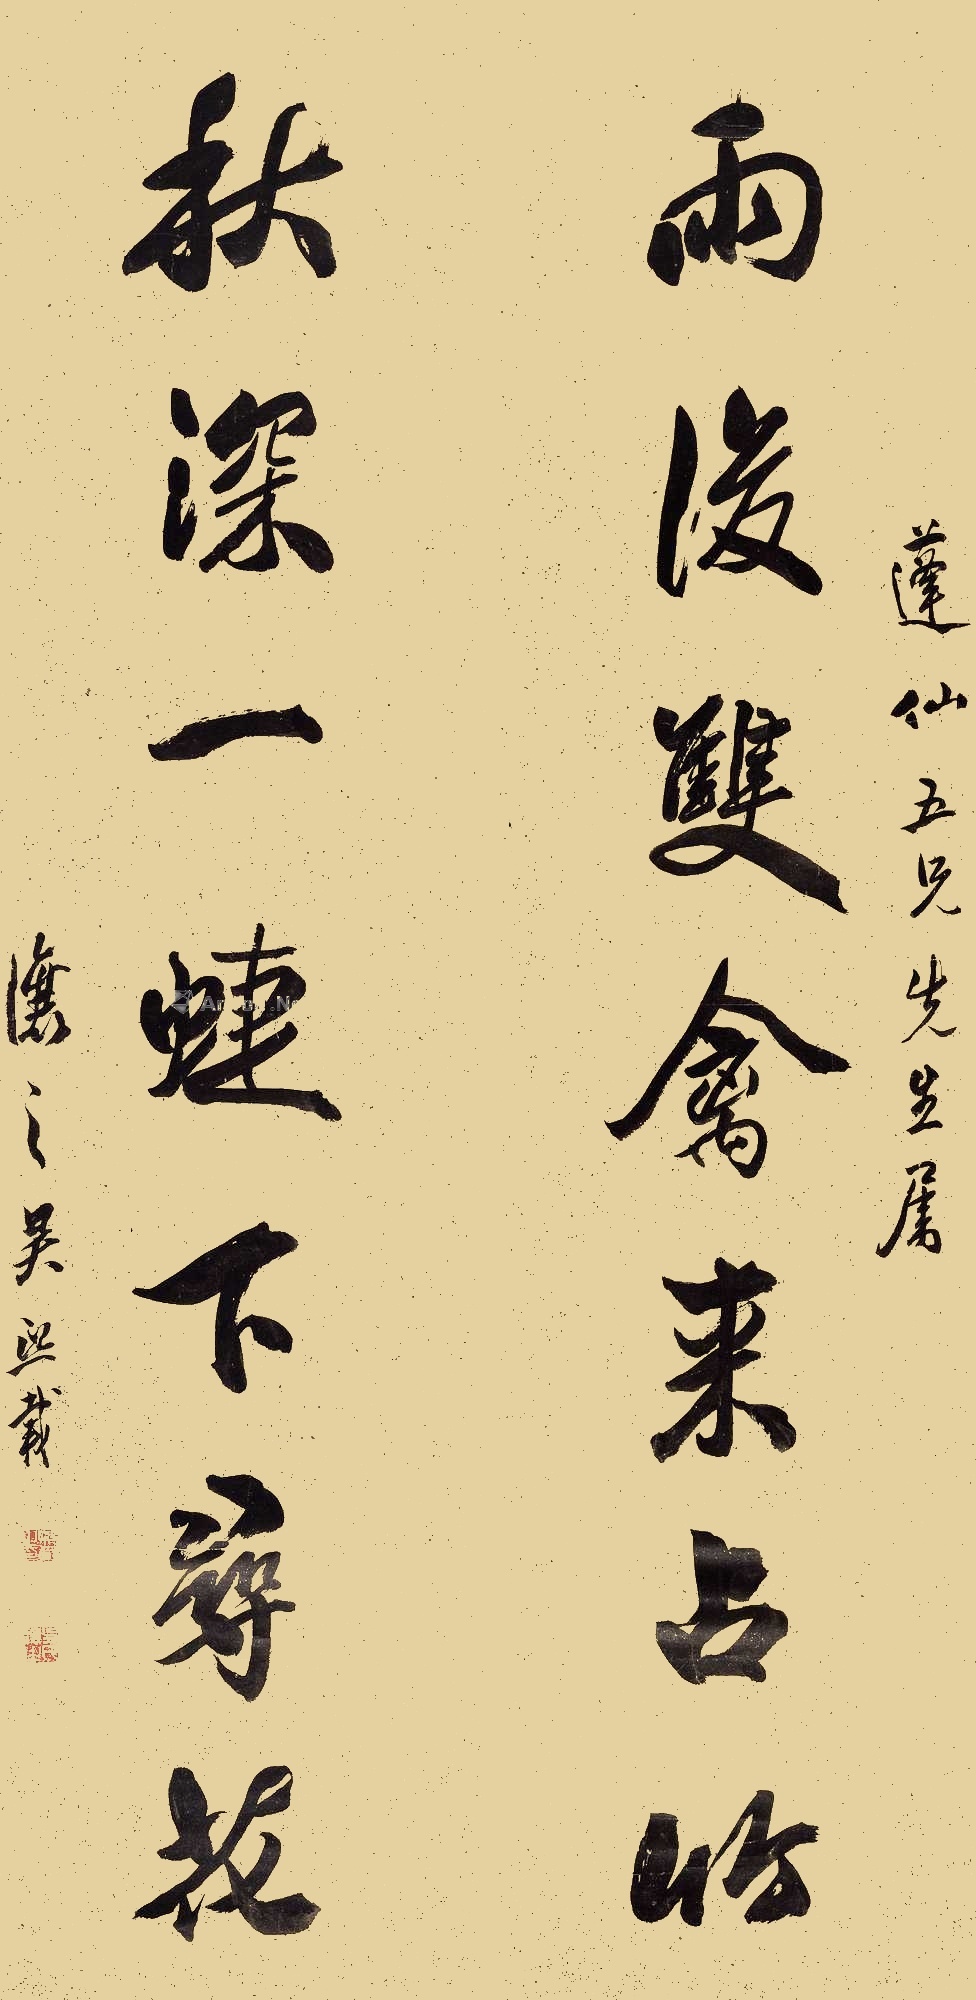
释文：雨后双禽来占竹，秋深一蝶下寻花。蓬仙五兄先生属。让之吴熙载。